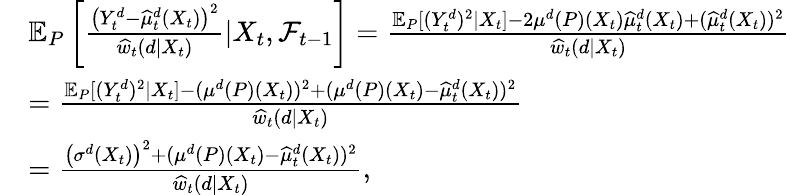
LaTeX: \begin{array}{rl}&{\mathbb{E}_{P}\left[\frac{\big(Y_{t}^{d}-\widehat{\mu}_{t}^{d}(X_{t})\big)^{2}}{\widehat{w}_{t}(d|X_{t})}|X_{t},\mathcal{F}_{t-1}\right]=\frac{\mathbb{E}_{P}[(Y_{t}^{d})^{2}|X_{t}]-2\mu^{d}(P)(X_{t})\widehat{\mu}_{t}^{d}(X_{t})+(\widehat{\mu}_{t}^{d}(X_{t}))^{2}}{\widehat{w}_{t}(d|X_{t})}}\\ &{=\frac{\mathbb{E}_{P}[(Y_{t}^{d})^{2}|X_{t}]-(\mu^{d}(P)(X_{t}))^{2}+(\mu^{d}(P)(X_{t})-\widehat{\mu}_{t}^{d}(X_{t}))^{2}}{\widehat{w}_{t}(d|X_{t})}}\\ &{=\frac{\left(\sigma^{d}(X_{t})\right)^{2}+(\mu^{d}(P)(X_{t})-\widehat{\mu}_{t}^{d}(X_{t}))^{2}}{\widehat{w}_{t}(d|X_{t})},}\end{array}